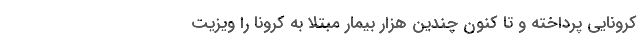
کرونایی پرداخته و تا کنون چندین هزار بیمار مبتلا به کرونا را ویزیت